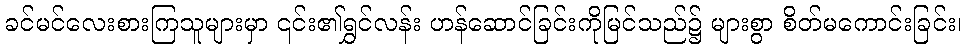
ခင်မင်လေးစားကြသူများမှာ ၎င်း၏ရွှင်လန်း ဟန်ဆောင်ခြင်းကိုမြင်သည်၌ များစွာ စိတ်မကောင်းခြင်း၊